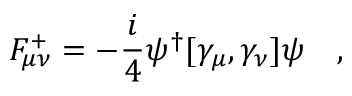
F _ { \mu \nu } ^ { + } = - \frac { i } { 4 } \psi ^ { \dag } [ \gamma _ { \mu } , \gamma _ { \nu } ] \psi ~ ~ ~ ,